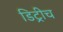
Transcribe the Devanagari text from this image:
डिट्रीच